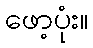
ဖော့ပုံး။